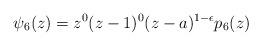
LaTeX: \begin{align*}\psi_{6}(z)=z^{0}(z-1)^{0}(z-a)^{1-\epsilon}p_{6}(z)\end{align*}